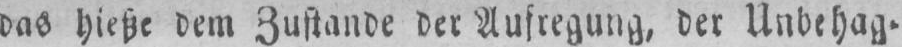
das hieße dem Zustande der Aufregung, der Unbehag⸗